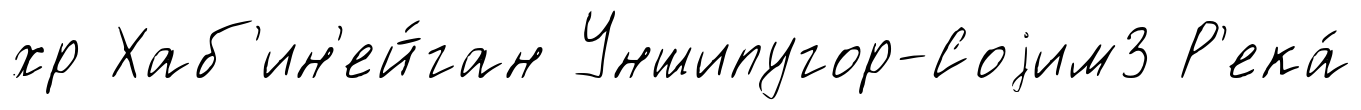
хр Хаб'ин'ей́ган Уншипугор-Соjим3 Р'ека́